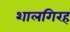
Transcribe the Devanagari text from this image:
शालगिरह